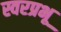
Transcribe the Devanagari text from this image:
स्वरप्रभू